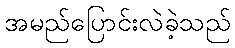
အမည်ပြောင်းလဲခဲ့သည်